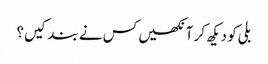
بلی کو دیکھ کر آنکھیں کس نے بند کیں؟